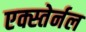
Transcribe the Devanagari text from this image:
एक्स्तेर्नल